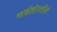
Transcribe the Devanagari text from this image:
सर्वतोपरीने